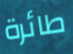
طائرة